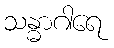
သန္ဓာဂါရေ